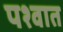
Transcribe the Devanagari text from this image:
पश्वात